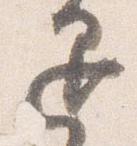
退